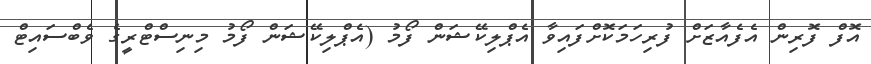
އޮފް ފޮރިން އެފެއާޒަށް ފުރިހަމަކޮށްފައިވާ އެޕްލިކޭޝަން ފޯމު (އެޕްލިކޭޝަން ފޯމު މިނިސްޓްރީގެ ވެބްސައިޓް